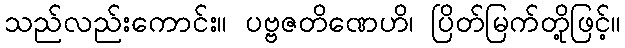
သည်လည်းကောင်း။ ပဗ္ဗဇတိဏေဟိ၊ ပြိတ်မြက်တို့ဖြင့်။